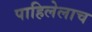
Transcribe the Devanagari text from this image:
पाहिलेलाच